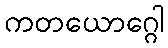
ကတယောဂ္ဂေါ